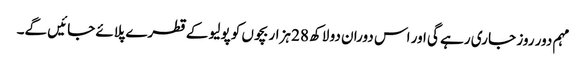
مہم دور روز جا ری رہے گی اور اس دوران دو لاکھ 28 ہزار بچوں کو پولیو کے قطرے پلائے جائیں گے۔